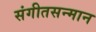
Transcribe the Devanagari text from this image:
संगीतसन्मान